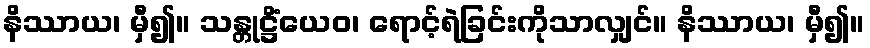
နိဿာယ၊ မှီ၍။ သန္တုဋ္ဌိံယေဝ၊ ရောင့်ရဲခြင်းကိုသာလျှင်။ နိဿာယ၊ မှီ၍။